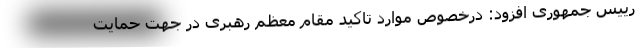
رییس جمهوری افزود: درخصوص موارد تاکید مقام معظم رهبری در جهت حمایت